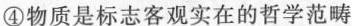
④物质是标志客观实在的哲学范畴